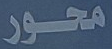
محور